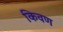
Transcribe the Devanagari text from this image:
किवण